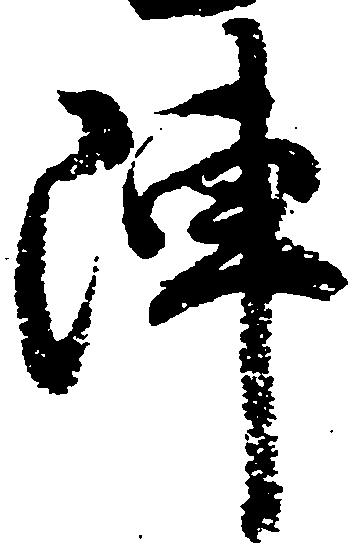
陣